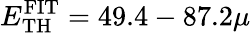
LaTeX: E_{\mathrm{TH}}^{\mathrm{FIT}}=49.4-87.2\mu